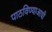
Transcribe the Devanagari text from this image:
पाठविण्याआधी